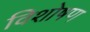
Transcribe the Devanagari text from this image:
विशोषण